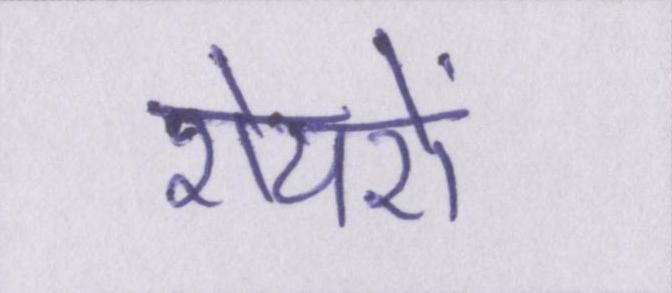
शेयरों